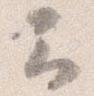
云